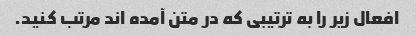
افعال زیر را به ترتیبی که در متن آمده اند مرتب کنید.